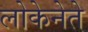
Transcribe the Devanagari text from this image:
लोकेनेते